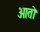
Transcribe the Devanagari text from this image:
आतो